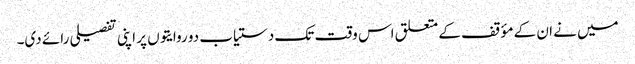
میں نے ان کے مؤقف کے متعلق اس وقت تک دستیاب دو روایتوں پر اپنی تفصیلی رائے دی۔